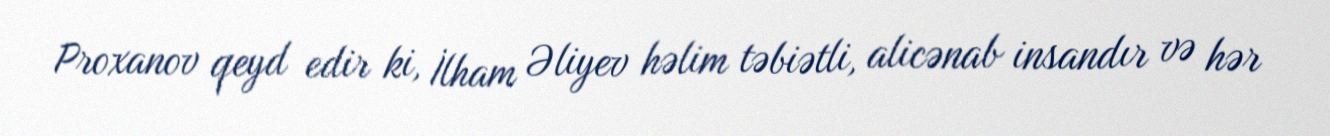
Proxanov qeyd edir ki, İlham Əliyev həlim təbiətli, alicənab insandır və hər